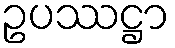
ဥပဿဋ္ဌာ